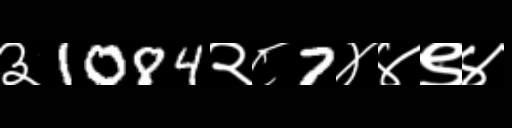
Text: ३1084२८7४४९४